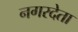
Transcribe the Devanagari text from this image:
नगरदेता